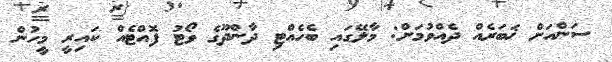
ސަންއަށް ޚަބަރެއް ދެއްވުމަށް: މާލޭގައި ބެހެއްޓި ދާންދޫގެ ވޯޓު ފޮއްޓެއް ކައިރީ މީހުން